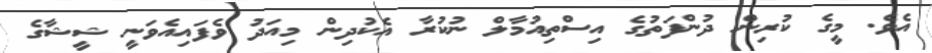
އެވެ. މީގެ ކުރިން ދުންފަތުގެ އިސްތިއުމާލް ނުކުރާ އެކުދިން މިއަދު ވެފައިއެވަނީ ޝީޝާގެ